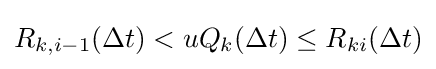
R_{k,i-1}(\Delta t)<uQ_{k}(\Delta t)\leq R_{ki}(\Delta t)